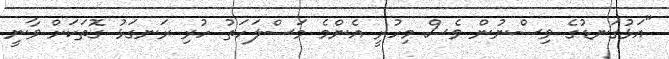
"އަޅުގަނޑުގެ ވިސްނުން ވެސް މިހުރީ އެންމެ މަސްލަހަތު ހުރި ރަނގަޅު ގޮތަކަށް ވާނީ